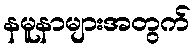
နမူနာများအတွက်